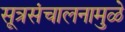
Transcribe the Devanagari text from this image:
सूत्रसंचालनामुळे